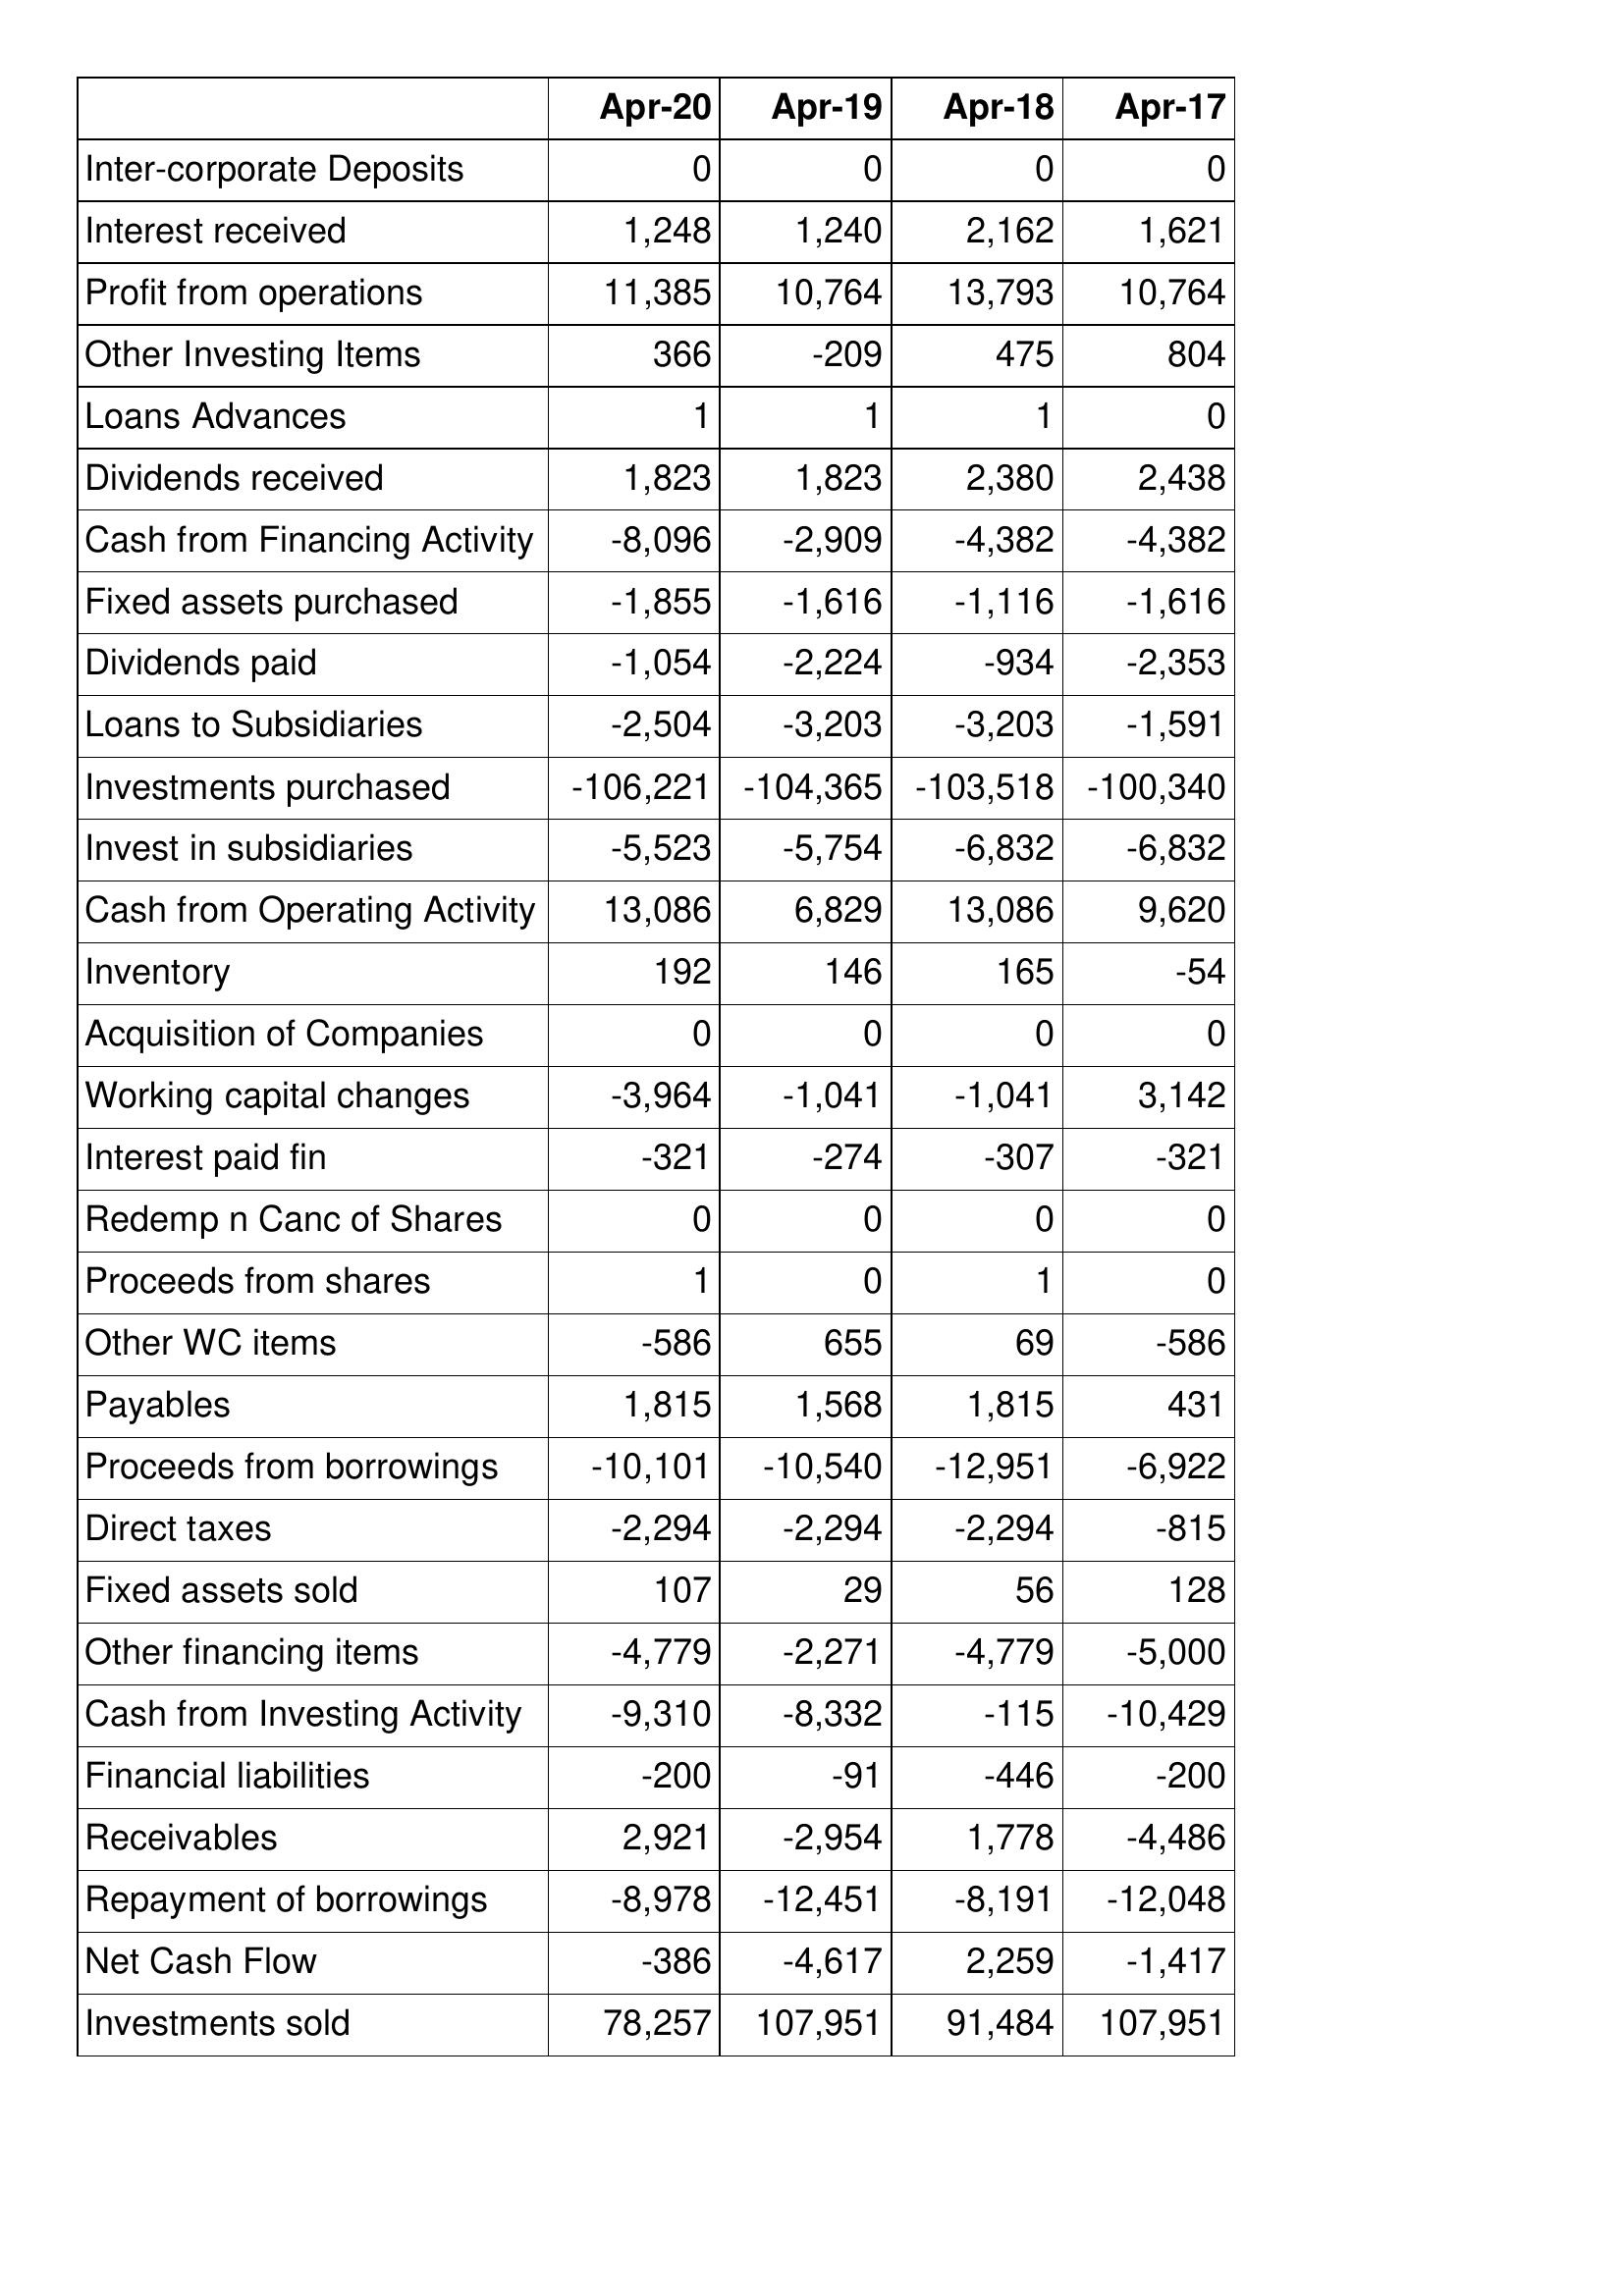
Apr-20: Cash Flows: Inter-corporate Deposits: 0
Interest received: 1,248
Profit from operations: 11,385
Other Investing Items: 366
Loans Advances: 1
Dividends received: 1,823
Cash from Financing Activity: -8,096
Fixed assets purchased: -1,855
Dividends paid: -1,054
Loans to Subsidiaries: -2,504
Investments purchased: -106,221
Invest in subsidiaries: -5,523
Cash from Operating Activity: 13,086
Inventory: 192
Acquisition of Companies: 0
Working capital changes: -3,964
Interest paid fin: -321
Redemp n Canc of Shares: 0
Proceeds from shares: 1
Other WC items: -586
Payables: 1,815
Proceeds from borrowings: -10,101
Direct taxes: -2,294
Fixed assets sold: 107
Other financing items: -4,779
Cash from Investing Activity: -9,310
Financial liabilities: -200
Receivables: 2,921
Repayment of borrowings: -8,978
Net Cash Flow: -386
Investments sold: 78,257
Apr-19: Cash Flows: Inter-corporate Deposits: 0
Interest received: 1,240
Profit from operations: 10,764
Other Investing Items: -209
Loans Advances: 1
Dividends received: 1,823
Cash from Financing Activity: -2,909
Fixed assets purchased: -1,616
Dividends paid: -2,224
Loans to Subsidiaries: -3,203
Investments purchased: -104,365
Invest in subsidiaries: -5,754
Cash from Operating Activity: 6,829
Inventory: 146
Acquisition of Companies: 0
Working capital changes: -1,041
Interest paid fin: -274
Redemp n Canc of Shares: 0
Proceeds from shares: 0
Other WC items: 655
Payables: 1,568
Proceeds from borrowings: -10,540
Direct taxes: -2,294
Fixed assets sold: 29
Other financing items: -2,271
Cash from Investing Activity: -8,332
Financial liabilities: -91
Receivables: -2,954
Repayment of borrowings: -12,451
Net Cash Flow: -4,617
Investments sold: 107,951
Apr-18: Cash Flows: Inter-corporate Deposits: 0
Interest received: 2,162
Profit from operations: 13,793
Other Investing Items: 475
Loans Advances: 1
Dividends received: 2,380
Cash from Financing Activity: -4,382
Fixed assets purchased: -1,116
Dividends paid: -934
Loans to Subsidiaries: -3,203
Investments purchased: -103,518
Invest in subsidiaries: -6,832
Cash from Operating Activity: 13,086
Inventory: 165
Acquisition of Companies: 0
Working capital changes: -1,041
Interest paid fin: -307
Redemp n Canc of Shares: 0
Proceeds from shares: 1
Other WC items: 69
Payables: 1,815
Proceeds from borrowings: -12,951
Direct taxes: -2,294
Fixed assets sold: 56
Other financing items: -4,779
Cash from Investing Activity: -115
Financial liabilities: -446
Receivables: 1,778
Repayment of borrowings: -8,191
Net Cash Flow: 2,259
Investments sold: 91,484
Apr-17: Cash Flows: Inter-corporate Deposits: 0
Interest received: 1,621
Profit from operations: 10,764
Other Investing Items: 804
Loans Advances: 0
Dividends received: 2,438
Cash from Financing Activity: -4,382
Fixed assets purchased: -1,616
Dividends paid: -2,353
Loans to Subsidiaries: -1,591
Investments purchased: -100,340
Invest in subsidiaries: -6,832
Cash from Operating Activity: 9,620
Inventory: -54
Acquisition of Companies: 0
Working capital changes: 3,142
Interest paid fin: -321
Redemp n Canc of Shares: 0
Proceeds from shares: 0
Other WC items: -586
Payables: 431
Proceeds from borrowings: -6,922
Direct taxes: -815
Fixed assets sold: 128
Other financing items: -5,000
Cash from Investing Activity: -10,429
Financial liabilities: -200
Receivables: -4,486
Repayment of borrowings: -12,048
Net Cash Flow: -1,417
Investments sold: 107,951